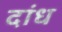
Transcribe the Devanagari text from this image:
दांध